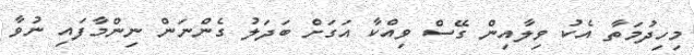
މިހިދުމަތާ އެކު ވިލާއިން ގޭސް ވިއްކާ އަގަަށް ބަދަލު ގެންނަން ނިންމާފައި ނުވާ